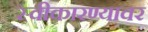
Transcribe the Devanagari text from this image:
स्वीकारण्यावर